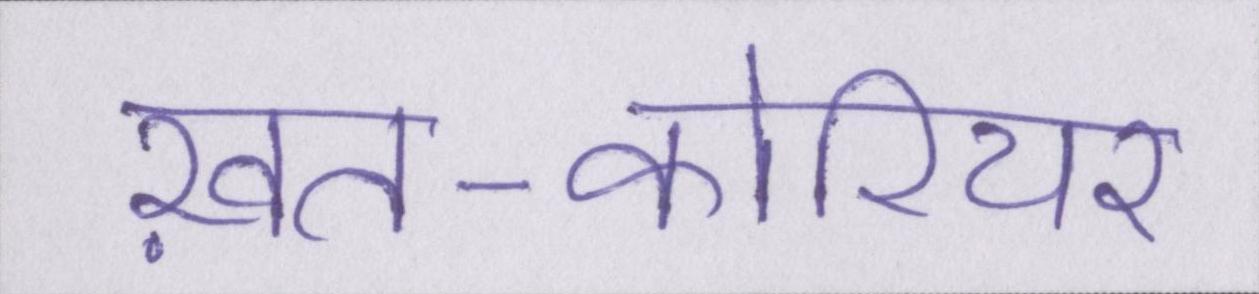
ख़त-कोरियर